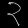
Digit: ၃